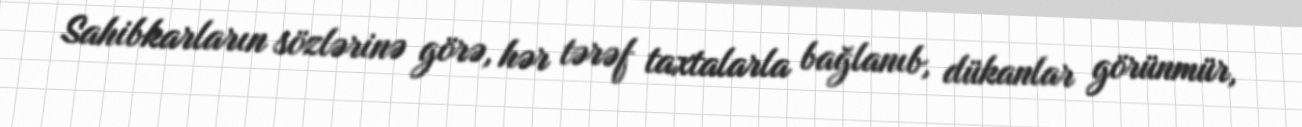
Sahibkarların sözlərinə görə, hər tərəf taxtalarla bağlanıb, dükanlar görünmür,